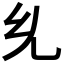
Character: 𭀘